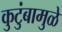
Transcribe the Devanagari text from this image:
कुटुंबामुळे